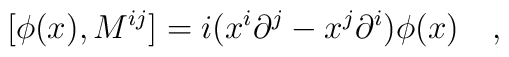
[ \phi(x), M^{ij} ]=i(x^i {\partial}^j-x^j {\partial}^i)\phi(x)\quad ,